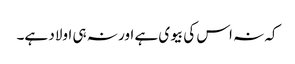
کہ نہ اس کی بیوی ہے اور نہ ہی اولاد ہے۔